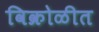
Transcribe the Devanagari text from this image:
विक्रोळीत